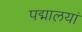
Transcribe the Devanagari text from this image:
पद्मालयां